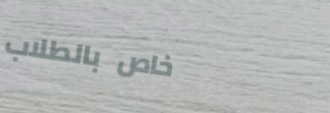
خاص بالطلاب